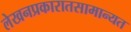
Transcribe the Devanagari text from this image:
लेखनप्रकारातसामान्यत